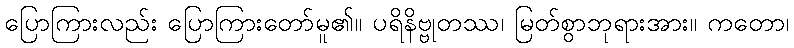
ပြောကြားလည်း ပြောကြားတော်မူ၏။ ပရိနိဗ္ဗုတဿ၊ မြတ်စွာဘုရားအား။ ကတော၊